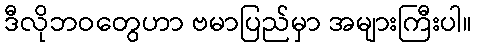
ဒီလိုဘဝတွေဟာ ဗမာပြည်မှာ အများကြီးပါ။